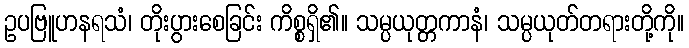
ဥပဗြူဟနရသံ၊ တိုးပွားစေခြင်း ကိစ္စရှိ၏။ သမ္ပယုတ္တကာနံ၊ သမ္ပယုတ်တရားတို့ကို။